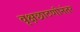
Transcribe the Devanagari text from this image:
वृक्षछाटणीनंतर